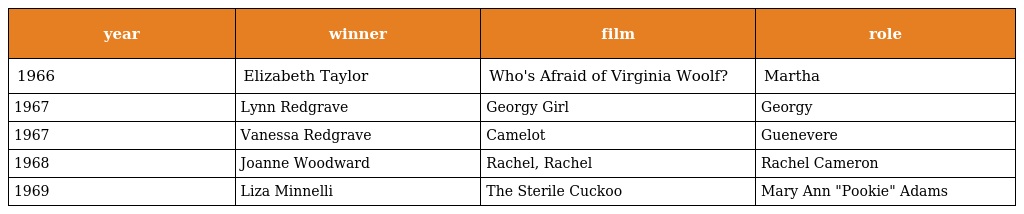
| year | winner | film | role |
 | --- | --- | --- | --- |
 | 1966 | Elizabeth Taylor | Who's Afraid of Virginia Woolf? | Martha |
 | 1967 | Lynn Redgrave | Georgy Girl | Georgy |
 | 1967 | Vanessa Redgrave | Camelot | Guenevere |
 | 1968 | Joanne Woodward | Rachel, Rachel | Rachel Cameron |
 | 1969 | Liza Minnelli | The Sterile Cuckoo | Mary Ann "Pookie" Adams |